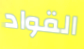
القواد